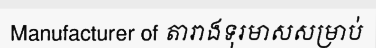
Manufacturer of តារាងទុរមាសសម្រាប់